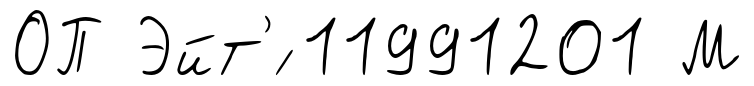
ОП Эйт'́ 11991201 М